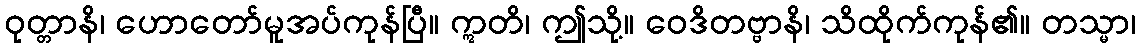
ဝုတ္တာနိ၊ ဟောတော်မူအပ်ကုန်ပြီ။ ဣတိ၊ ဤသို့။ ဝေဒိတဗ္ဗာနိ၊ သိထိုက်ကုန်၏။ တသ္မာ၊